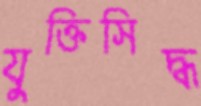
যুক্তিসিদ্ধ